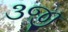
૩જી